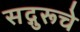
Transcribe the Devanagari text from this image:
सद्गुरूचे